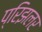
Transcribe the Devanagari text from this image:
प्रिझलर